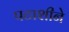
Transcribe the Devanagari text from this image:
पटाशीने